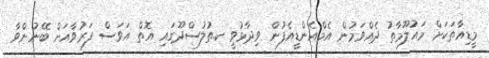
މީޑިއާތަކަށް މައުލޫމާތު ދެއްވަމުން އެމްއެންޑީއެފުން ވިދާޅުވީ ކ.ތުލުސްދޫގައި އޮތް އަވަސް ފަރުވާއަށް ބޭނުންވާ